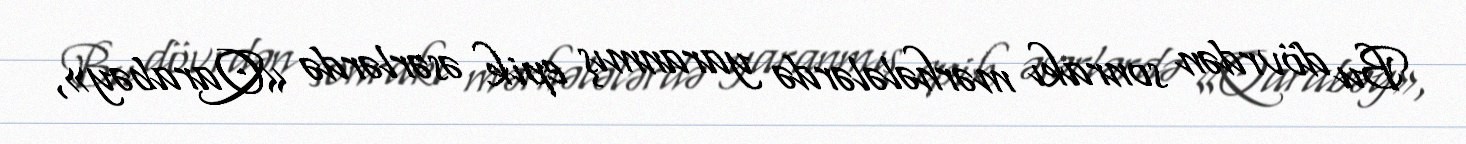
Bu dövrdən sonrakı mərhələlərdə yaranmış epik əsərlərdə «Qarabəy»,